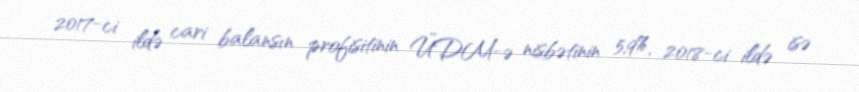
2017-ci ildə cari balansın profisitinin ÜDM-ə nisbətinin 5,9%, 2018-ci ildə isə